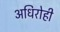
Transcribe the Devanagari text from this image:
अधिरोही